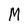
Character: M